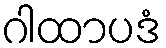
ဂါထာပဒံ